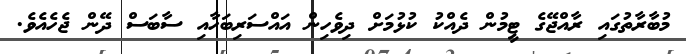
މުބާރާތުގައި ރާއްޖޭގެ ޓީމުން ދެއްކު ކުޅުމަށް ދިވެހިން އައްސަރިބަހާއި ސާބަސް ދޭން ޖެހެއެވެ.